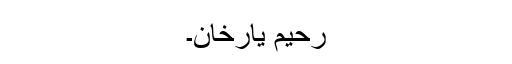
رحیم یارخان۔